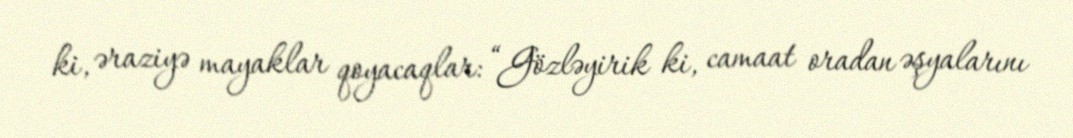
ki, əraziyə mayaklar qoyacaqlar: “Gözləyirik ki, camaat oradan əşyalarını